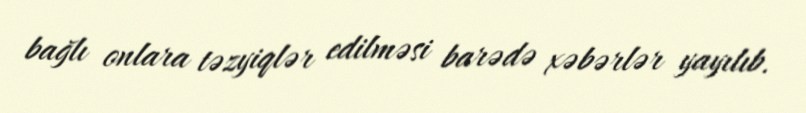
bağlı onlara təzyiqlər edilməsi barədə xəbərlər yayılıb.